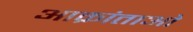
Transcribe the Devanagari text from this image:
आक्रांताओ